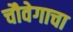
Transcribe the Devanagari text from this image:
चौवेगाचा